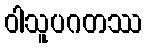
ဝါသူပဂတဿ